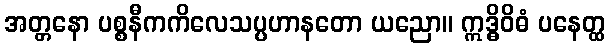
အတ္တနော ပစ္စနီကကိလေသပ္ပဟာနတော ယညော။ ဣဒ္ဓိဝိဓံ ပနေတ္ထ